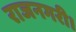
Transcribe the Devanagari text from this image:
राजनगरी।